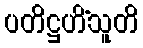
ပတိဋ္ဌဟိံသူတိ